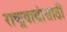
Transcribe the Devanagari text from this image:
राष्ट्रवाद्यांसाठी